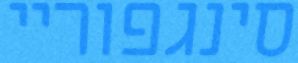
סינגפוריי